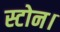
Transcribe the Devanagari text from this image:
स्टोन।